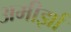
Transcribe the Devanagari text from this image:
अमीर्झा